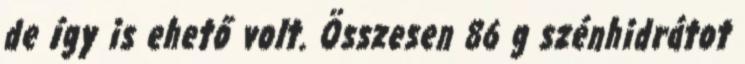
de így is ehető volt. Összesen 86 g szénhidrátot